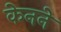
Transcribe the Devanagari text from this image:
केनने